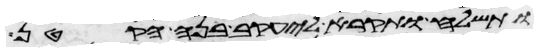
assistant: ותשלח ותקרא ליעקב בנה הקטן